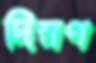
দিনণ